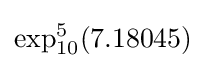
\exp _{10}^{5}(7.18045)